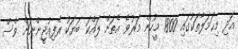
އަދި މިޙަމަލާތަކުގައި 1800 މީހުން މަރުވެ އެތަށް ލައްކަ ބަޔަކު ރެފިއުޖީންނަށް ވެސް